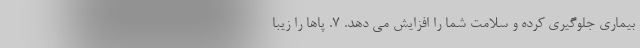
بیماری جلوگیری کرده و سلامت شما را افزایش می دهد. 7. پاها را زیبا